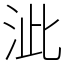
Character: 泚